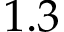
1 . 3